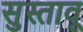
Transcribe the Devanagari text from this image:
सुस्तावू